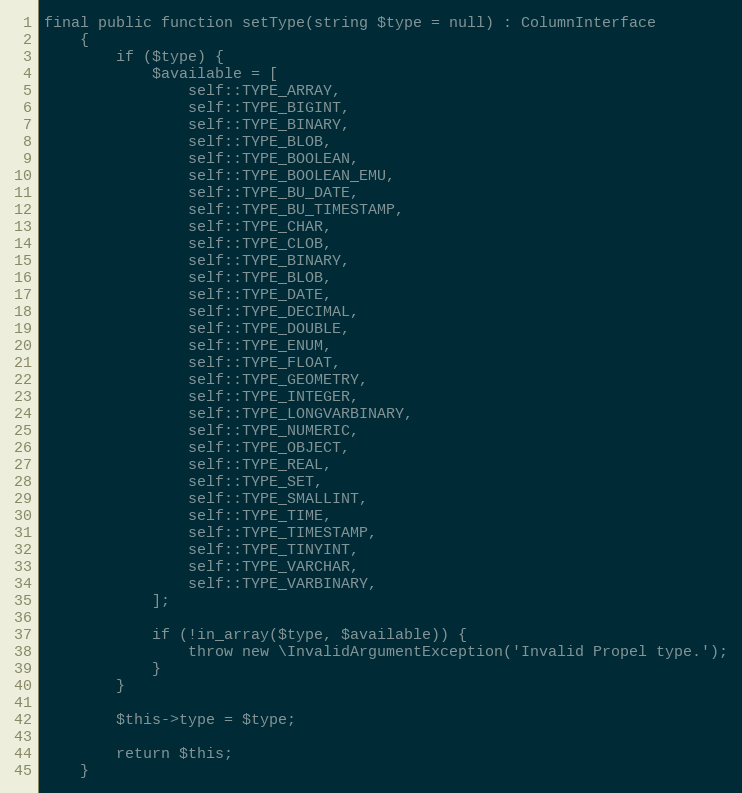
Language: PHP
final public function setType(string $type = null) : ColumnInterface
    {
        if ($type) {
            $available = [
                self::TYPE_ARRAY,
                self::TYPE_BIGINT,
                self::TYPE_BINARY,
                self::TYPE_BLOB,
                self::TYPE_BOOLEAN,
                self::TYPE_BOOLEAN_EMU,
                self::TYPE_BU_DATE,
                self::TYPE_BU_TIMESTAMP,
                self::TYPE_CHAR,
                self::TYPE_CLOB,
                self::TYPE_BINARY,
                self::TYPE_BLOB,
                self::TYPE_DATE,
                self::TYPE_DECIMAL,
                self::TYPE_DOUBLE,
                self::TYPE_ENUM,
                self::TYPE_FLOAT,
                self::TYPE_GEOMETRY,
                self::TYPE_INTEGER,
                self::TYPE_LONGVARBINARY,
                self::TYPE_NUMERIC,
                self::TYPE_OBJECT,
                self::TYPE_REAL,
                self::TYPE_SET,
                self::TYPE_SMALLINT,
                self::TYPE_TIME,
                self::TYPE_TIMESTAMP,
                self::TYPE_TINYINT,
                self::TYPE_VARCHAR,
                self::TYPE_VARBINARY,
            ];

            if (!in_array($type, $available)) {
                throw new \InvalidArgumentException('Invalid Propel type.');
            }
        }

        $this->type = $type;

        return $this;
    }